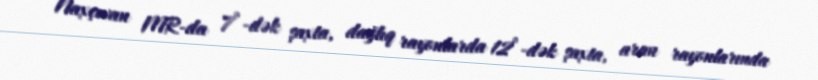
Naxçıvan MR-da 7°-dək şaxta, dağlıq rayonlarda 12°-dək şaxta, aran rayonlarında